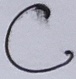
Text: C